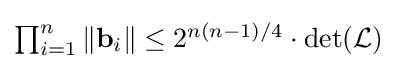
{\textstyle \prod _{i=1}^{n}\Vert \mathbf {b} _{i}\Vert \leq 2^{n(n-1)/4}\cdot \det({\mathcal {L}})}